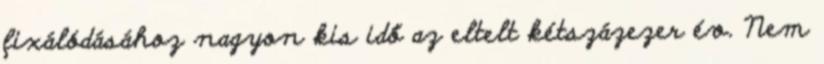
fixálódásához nagyon kis idő az eltelt kétszázezer év. Nem